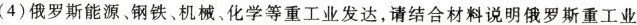
(4)俄罗斯能源、钢铁、机械、化学等重工业发达，请结合材料说明俄罗斯重工业